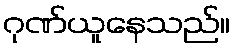
ဂုဏ်ယူနေသည်။